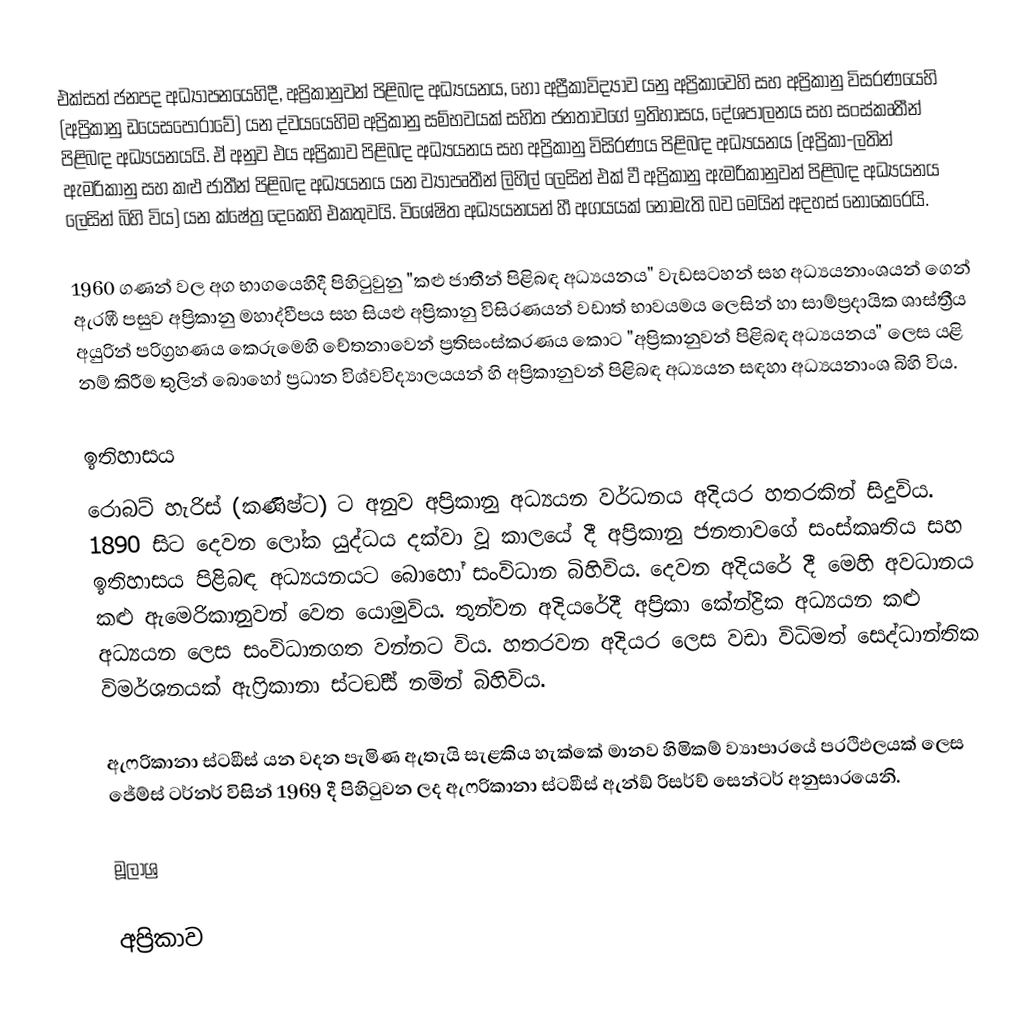
එක්සත් ජනපද අධ්‍යාපනයෙහිදී, අප්‍රිකානුවන් පිළිබඳ අධ්‍යයනය, හෝ අප්‍රීකාවිද්‍යාව යනු අප්‍රිකාවෙහි සහ අප්‍රිකානු විසරණයෙහි (අප්‍රිකානු ඩයෙසපෝරාවේ) යන ද්වයයෙහිම අප්‍රිකානු සම්භවයක් සහිත ජනතාවගේ ඉතිහාසය, දේශපාලනය සහ සංස්කෘතීන් පිළිබඳ අධ්‍යයනයයි. ඒ අනුව එය අප්‍රිකාව පිළිබඳ අධ්‍යයනය සහ අප්‍රිකානු විසිරණය පිළිබඳ අධ්‍යයනය (අප්‍රිකා-ලතින් ඇමරිකානු සහ කළු ජාතීන් පිළිබඳ අධ්‍යයනය යන ව්‍යාපෘතීන් ලිහිල් ලෙසින් එක් වී  අප්‍රිකානු ඇමරිකානුවන් පිළිබඳ අධ්‍යයනය ලෙසින් බිහි විය) යන ක්ෂේත්‍ර දෙකෙහි එකතුවයි. විශේෂිත අධ්‍යයනයන් හී අගයයක් නොමැති බව මෙයින් අදහස්  නොකෙරෙයි.

1960 ගණන් වල අග භාගයෙහිදී පිහිටුවුනු  "කළු ජාතීන් පිළිබඳ අධ්‍යයනය"   වැඩසටහන් සහ අධ්‍යයනාංශයන් ගෙන් ඇරඹී පසුව අප්‍රිකානු මහාද්වීපය සහ සියළු අප්‍රිකානු විසිරණයන් වඩාත් භාවයමය ලෙසින් හා සාම්ප්‍රදායික ශාස්ත්‍රීය අයුරින් පරිග්‍රහණය කෙරුමෙහි චේතනාවෙන් ප්‍රතිසංස්කරණය කොට "අප්‍රිකානුවන් පිළිබඳ අධ්‍යයනය" ලෙස යළි නම් කිරීම තුලින් බොහෝ ප්‍රධාන විශ්වවිද්‍යාලයයන් හි අප්‍රිකානුවන් පිළිබඳ අධ්‍යයන සඳහා අධ්‍යයනාංශ බිහි විය.

ඉතිහාසය
රොබට් හැරිස් (කණිෂ්ට) ට අනුව අප‍්‍රිකානු අධ්‍යයන වර්ධනය අදියර හතරකින් සිදුවිය.  1890 සිට දෙවන ලෝක යුද්ධය දක්වා වූ කාලයේ දී අප‍්‍රිකානු ජනතාවගේ සංස්කෘතිය සහ ඉතිහාසය පිළිබඳ අධ්‍යයනයට බොහෝ සංවිධාන බිහිවිය. දෙවන අදියරේ දී මෙහි අවධානය කළු ඇමෙරිකානුවන් වෙත යොමුවිය. තුන්වන අදියරේදී අප‍්‍රිකා කේන්ද්‍රික අධ්‍යයන කළු අධ්‍යයන ලෙස සංවිධානගත වන්නට විය. හතරවන අදියර ලෙස වඩා විධිමත් සෙද්ධාන්තික විමර්ශනයක් ඇෆ‍්‍රිකානා ස්ටඞීස් නමින් බිහිවිය.

ඇෆ‍්‍රිකානා ස්ටඞීස් යන වදන පැමිණ ඇතැයි සැළකිය හැක්කේ මානව හිමිකම් ව්‍යාපාරයේ ප‍්‍රථිඵලයක් ලෙස ජේම්ස් ටර්නර් විසින් 1969 දී පිහිටුවන ලද ඇෆ‍්‍රිකානා ස්ටඞීස් ඇන්ඞ් රිසර්ච් සෙන්ටර් අනුසාරයෙනි.

මූලාශ්‍ර

අප්‍රිකාව